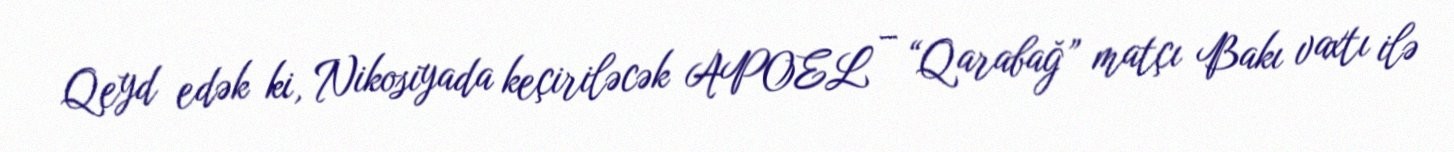
Qeyd edək ki, Nikosiyada keçiriləcək APOEL – “Qarabağ” matçı Bakı vaxtı ilə